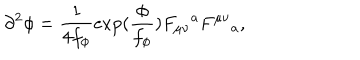
\partial ^ { 2 } \phi = \frac { 1 } { 4 f _ { \phi } } \exp ( \frac { \phi } { f _ { \phi } } ) F _ { \mu \nu } { } ^ { a } F ^ { \mu \nu } { } _ { a } ,